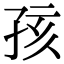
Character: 孩